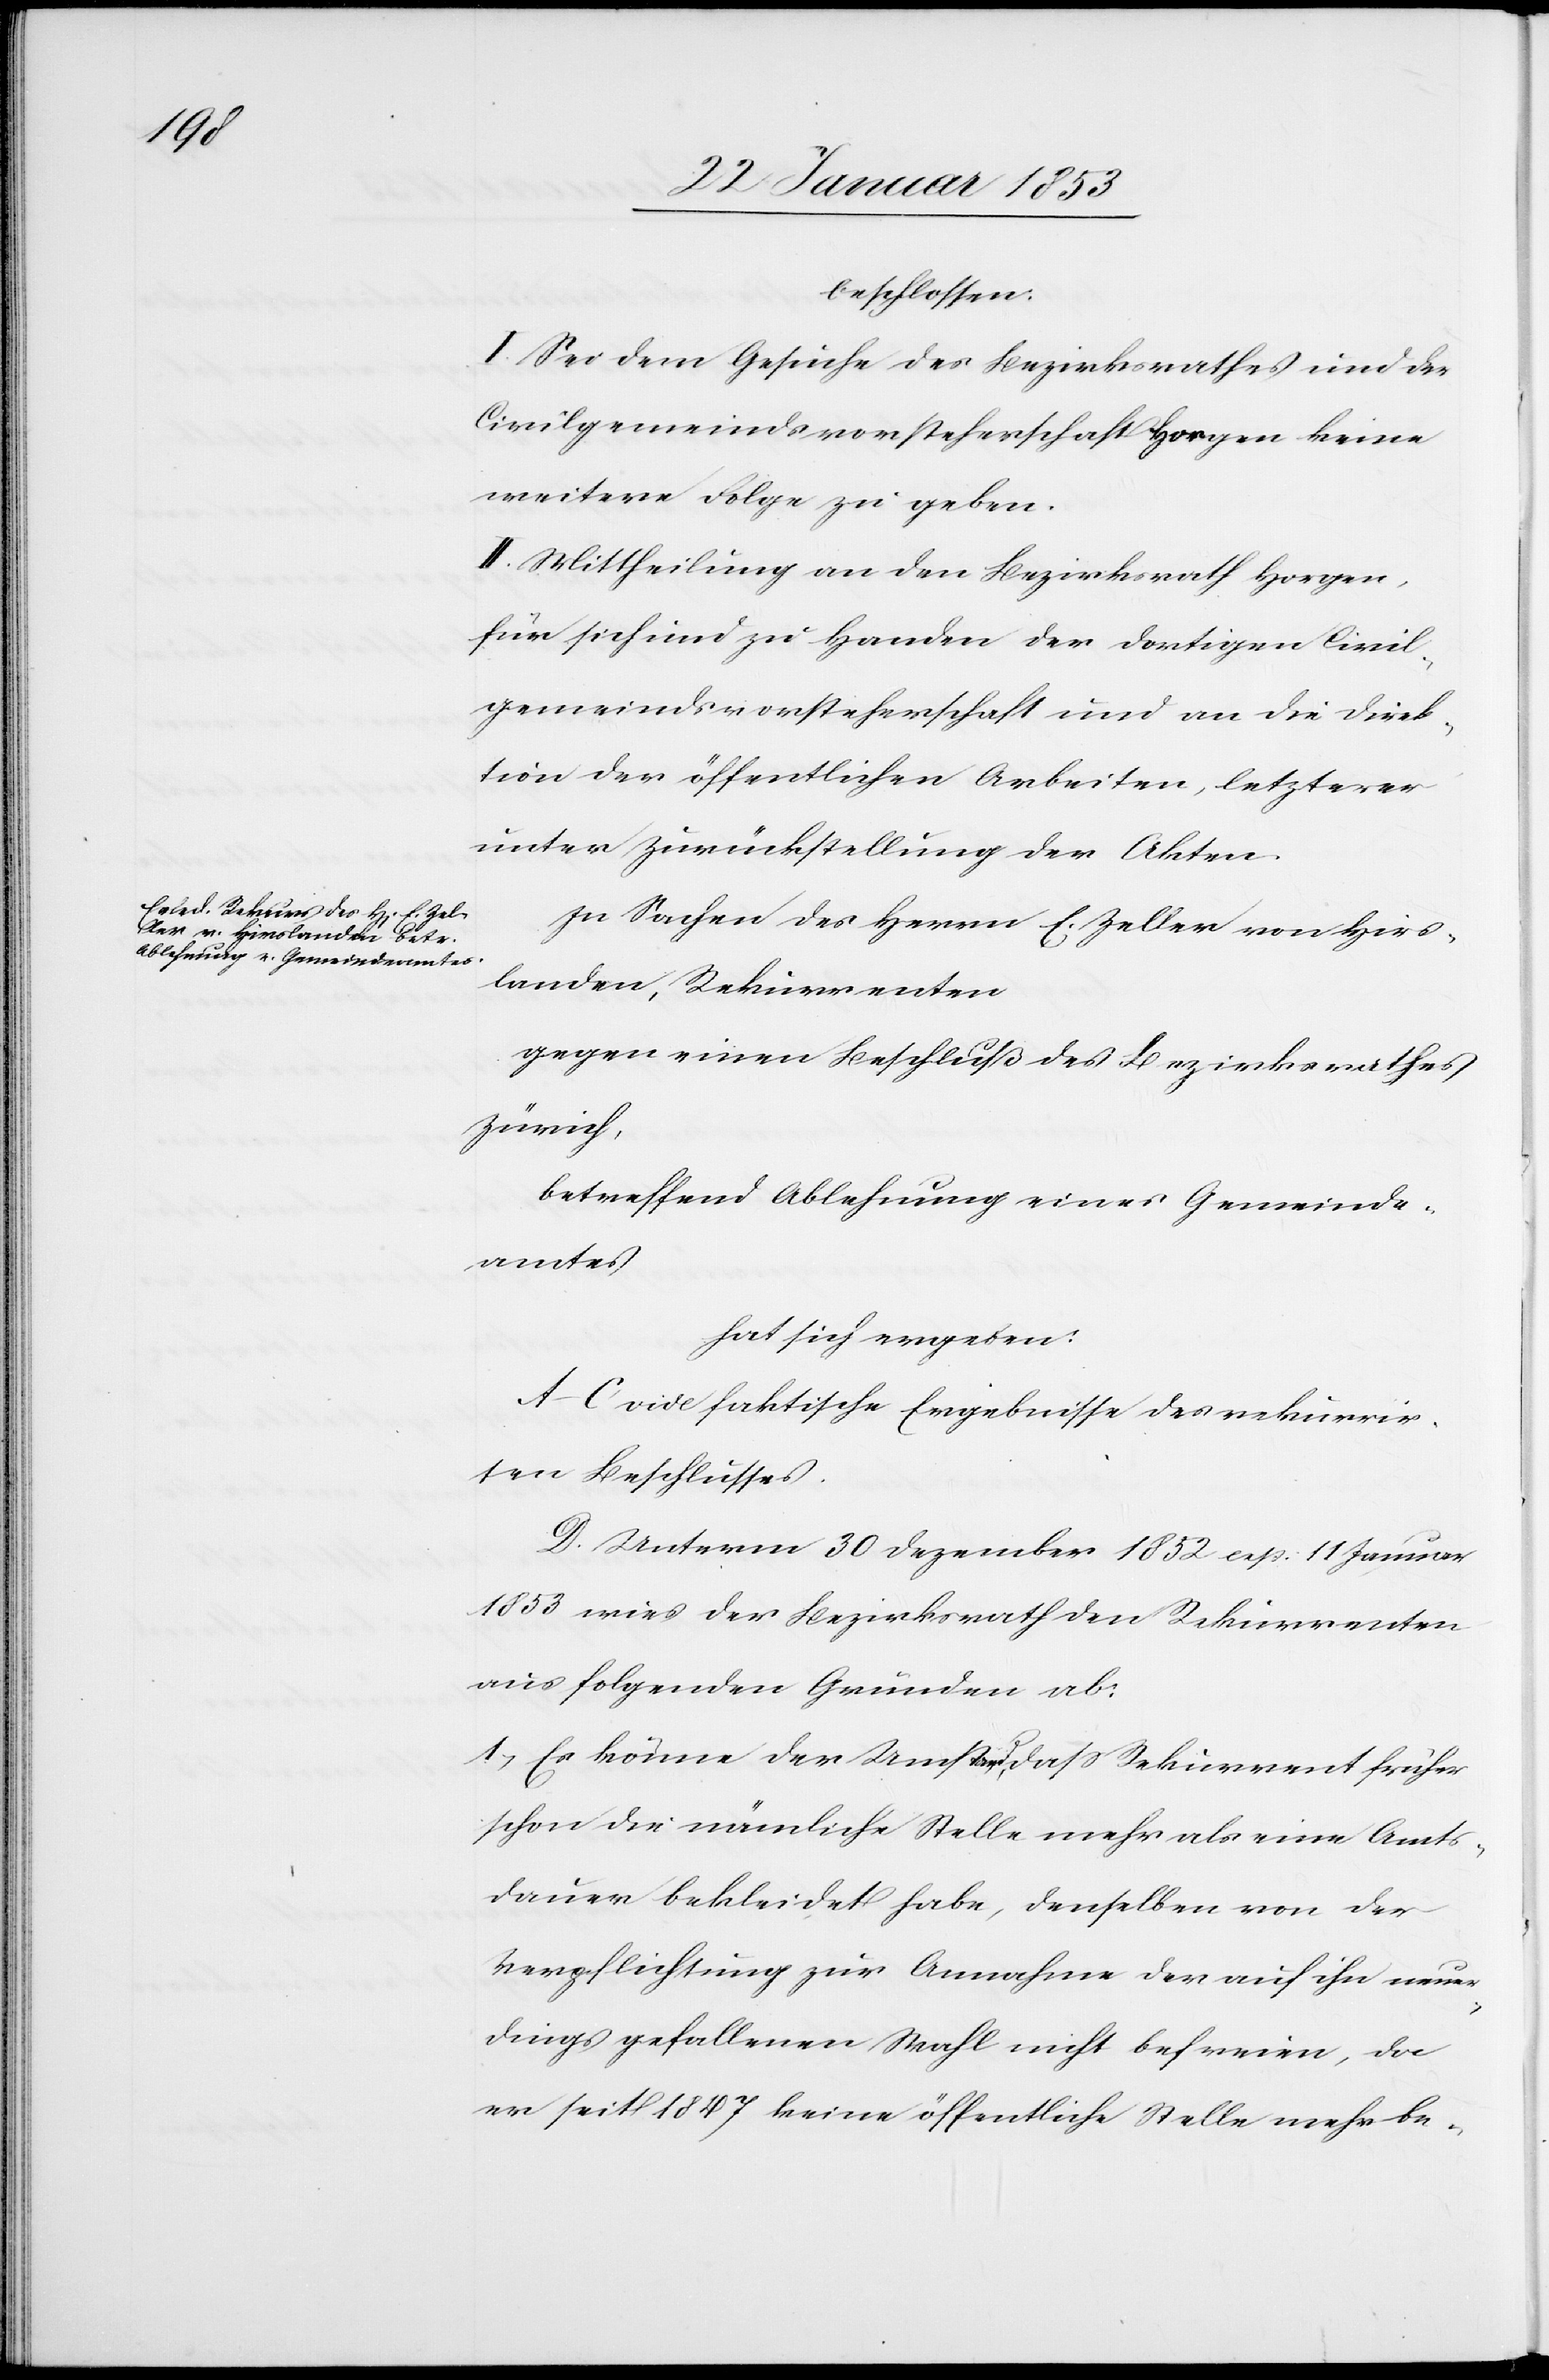
beschlossen:
I. Sei dem Gesuche des Bezirksrathes und der
Civilgemeindsvorsteherschaft Horgen keine
weitere Folge zu geben.
II. Mittheilung an den Bezirksrath Horgen,
für sich zu Handen der dortigen Civil¬
gemeindsvorsteherschaft und an die Direk¬
tion der öffentlichen Arbeiten, letzterer
unter Zurückstellung der Akten.
In Sachen des Herrn E. Zeller von Hirs¬
landen, Rekurrenten
gegen einen Beschluß des Bezirksrathes
Zürich,
betreffend Ablehnung eines Gemeind¬
amtes
hat sich ergeben:
A–C. vide faktische Ergebnisse des rekurrir¬
ten Beschlusses.
D. Unterm 30 Dezember 1852 resp. 11 Januar
1853 wies der Bezirksrath den Rekurrenten
aus folgenden Gründen ab:
1, Es könne der Umstand, daß Rekurrent früher
schon die nämliche Stelle mehr als eine Amts¬
dauer bekleidet habe, denselben von der
Verpflichtung zur Annahme der auf ihn neuer¬
dings gefallenen Wahl nicht befreien, da
er seit 1847 keine öffentliche Stelle mehr be-